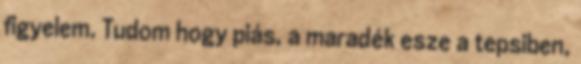
figyelem. Tudom hogy piás, a maradék esze a tepsiben,